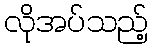
လိုအပ်သည့်